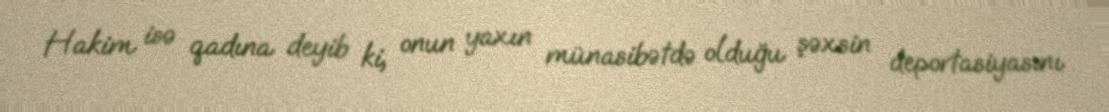
Hakim isə qadına deyib ki, onun yaxın münasibətdə olduğu şəxsin deportasiyasını